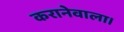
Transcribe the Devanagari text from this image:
करानेवाला।